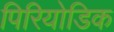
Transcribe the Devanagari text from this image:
पिरियोडिक